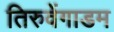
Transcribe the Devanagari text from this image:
तिरुवेंगाडम